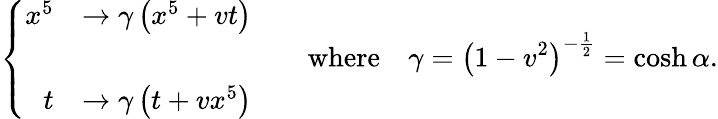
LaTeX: \left\{ \begin{array}{rl}{{x^{5}}}&{{\rightarrow\gamma\left(x^{5}+vt\right)}}\\ {{}}&{{}}\\ {{t}}&{{\rightarrow\gamma\left(t+vx^{5}\right)}}\end{array}\right.\qquad\mathrm{where}\quad\gamma=\left(1-v^{2}\right)^{-{\frac{1}{2}}}=\cosh\alpha.